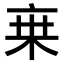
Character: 𬽌